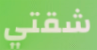
شقتي